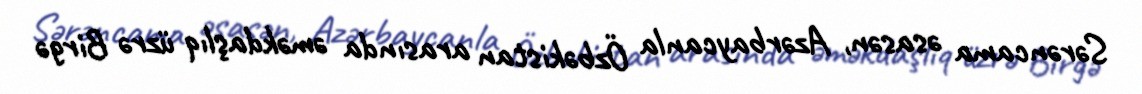
Sərəncama əsasən, Azərbaycanla Özbəkistan arasında əməkdaşlıq üzrə Birgə